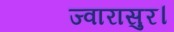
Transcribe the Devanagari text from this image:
ज्वारासुर।